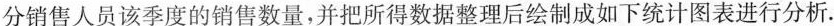
分销售人员该季度的销售数量，并把所得数据整理后绘制成如下统计图表进行分析.